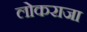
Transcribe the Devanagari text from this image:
लोकराजा